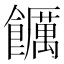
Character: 𮩖